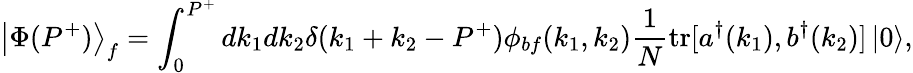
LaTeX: \left\vert\Phi(P^{+})\right\rangle_{f}=\int_{0}^{P^{+}}dk_{1}dk_{2}\delta(k_{1}+k_{2}-P^{+})\phi_{bf}(k_{1},k_{2}){\frac{1}{N}}\mathrm{tr}[a^{\dagger}(k_{1}),b^{\dagger}(k_{2})]\left\vert 0\right\rangle,